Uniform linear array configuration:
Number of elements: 12
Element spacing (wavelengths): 0.75
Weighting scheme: binomial
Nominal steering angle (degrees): -15
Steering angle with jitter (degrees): -14.613
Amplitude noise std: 0.05
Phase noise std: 0.05

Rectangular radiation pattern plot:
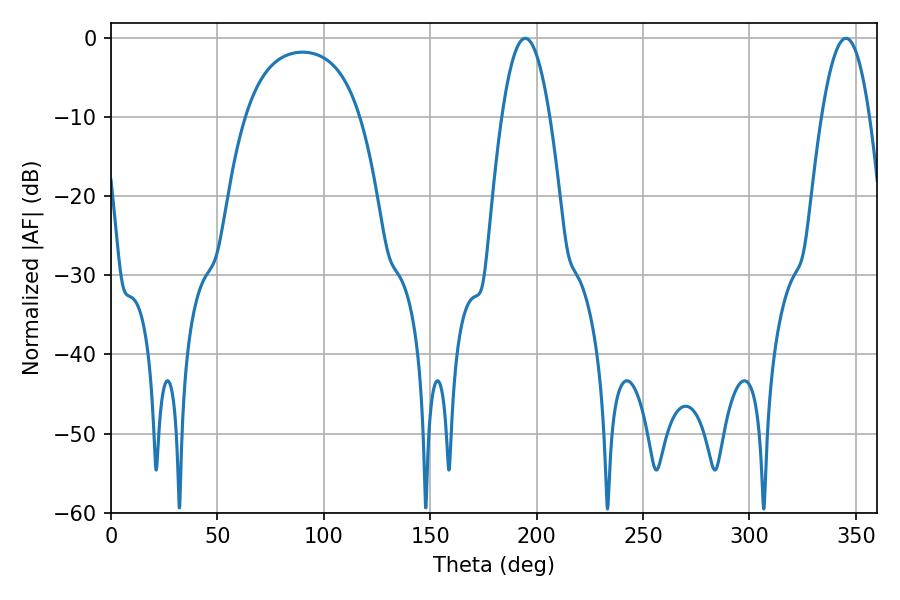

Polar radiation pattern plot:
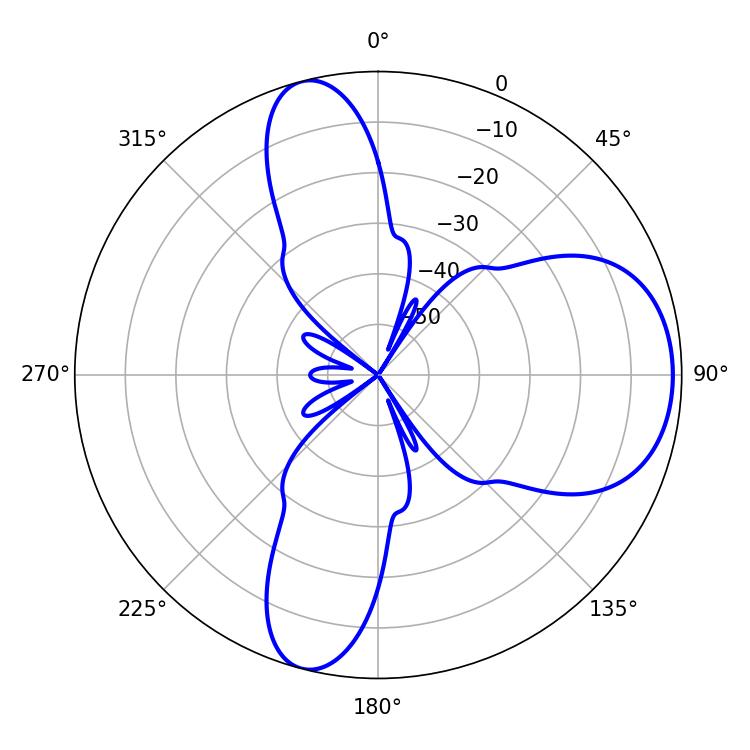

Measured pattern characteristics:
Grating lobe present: TRUE
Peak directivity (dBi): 8.217
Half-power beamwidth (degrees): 12.24
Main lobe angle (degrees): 194.58